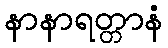
နာနာရတ္တာနံ